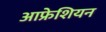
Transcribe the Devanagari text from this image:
आफ्रेशियन